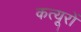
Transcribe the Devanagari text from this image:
कत्यूरों